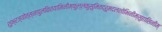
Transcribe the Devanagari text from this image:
शुभ्रज्योत्स्नापुलकितयामिनीम्फुल्लकुसुमितद्रुमदलशोभिनीम्सुहासिनीम्